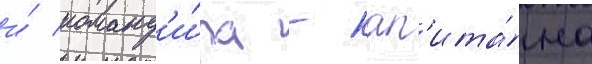
и́ команд'и́ра - кап'ита́на